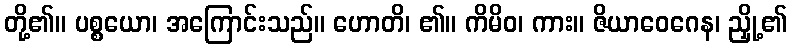
တို့၏။ ပစ္စယော၊ အကြောင်းသည်။ ဟောတိ၊ ၏။ ကိမိဝ၊ ကား။ ဇိယာဝေဂေန၊ ညှို့၏